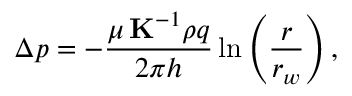
\Delta p = - \frac { \mu \, \mathbf { K } ^ { - 1 } \rho q } { 2 \pi h } \ln \left( \frac { r } { r _ { w } } \right) ,